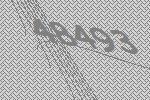
48493